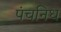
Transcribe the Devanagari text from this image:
पंचनिध